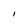
Character: l